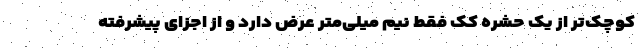
کوچک‌تر از یک حشره کک فقط نیم میلی‌متر عرض دارد و از اجزای پیشرفته